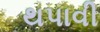
થપાવી